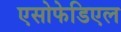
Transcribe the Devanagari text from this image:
एसोफेडिएल